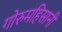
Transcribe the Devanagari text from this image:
गोरुमहिसानी